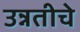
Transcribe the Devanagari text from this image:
उन्नतीचे